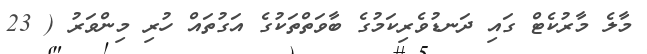
މާލެ މާރުކެޓް ގައި ދަނޑުވެރިކަމުގެ ބާވަތްތަކުގެ އަގުތައް ހުރި މިންވަރު ( 23